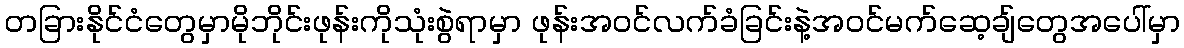
တခြားနိုင်ငံတွေမှာမိုဘိုင်းဖုန်းကိုသုံးစွဲရာမှာ ဖုန်းအဝင်လက်ခံခြင်းနဲ့အဝင်မက်ဆေ့ချ်တွေအပေါ်မှာ